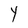
Character: Y